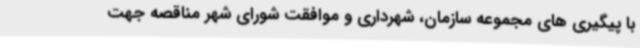
با پیگیری های مجموعه سازمان، شهرداری و موافقت شورای شهر مناقصه جهت